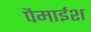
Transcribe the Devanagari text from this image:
पैमाईश